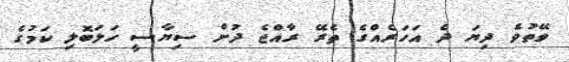
ވޭތުވެ ދިޔަ ދެ އަހަރެއްގެ ތެރޭ ރާއްޖެ ދުށް ސިޔާސީ ހަލަބޮލި ކަމުގެ